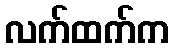
လက်ထက်က